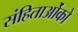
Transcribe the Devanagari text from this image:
संहिताओंको